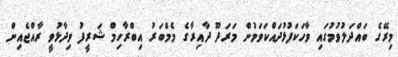
މިރޭގެ ބައްދަލުވުމުގައި ވާހަކަފުޅުދައްކަވަމުން މަރަދޫ ދާއިރާގެ މެމްބަރު އިބްރާހިމް ޝަރީފު ވިދާޅުވީ ރާއްޖެއިން